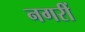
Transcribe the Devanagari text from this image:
नगरीं